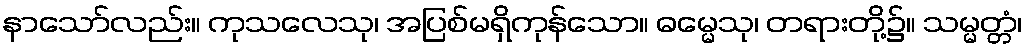
နာသော်လည်း။ ကုသလေသု၊ အပြစ်မရှိကုန်သော။ ဓမ္မေသု၊ တရားတို့၌။ သမ္မတ္တံ၊